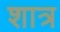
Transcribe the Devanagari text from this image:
शात्र